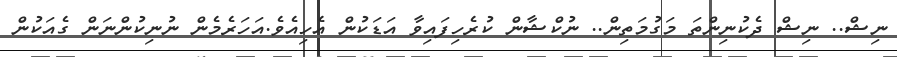
ނިޝް.. ނިޝް ދެކުނިންތަ މަގުމަތިން.. ނުކްޝާން ކުރެހިފައިވާ އަޑަކުން އެހިއެވެ.އަހަރެމެން ނުނިކުންނަން ގެއަކުން